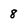
Character: 8